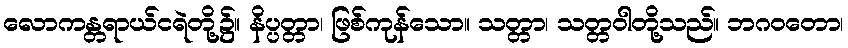
လောကန္တရာယ်ငရဲတို့၌။ နိပ္ပတ္တာ၊ ဖြစ်ကုန်သော။ သတ္တာ၊ သတ္တဝါတို့သည်။ ဘဂဝတော၊